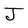
Character: J